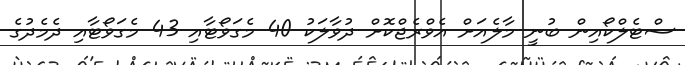
ސްޓެލްކޯއިން ބުނީ މާލެއަށް އެވްރެޖްކޮށް ދުވާލަކު 40 މެގަވޯޓާއި 43 މެގަވޯޓާއި ދެމެދުގެ